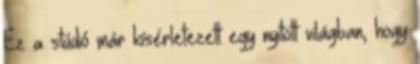
Ez a stúdió már kísérletezett egy nyitott világban, hogy